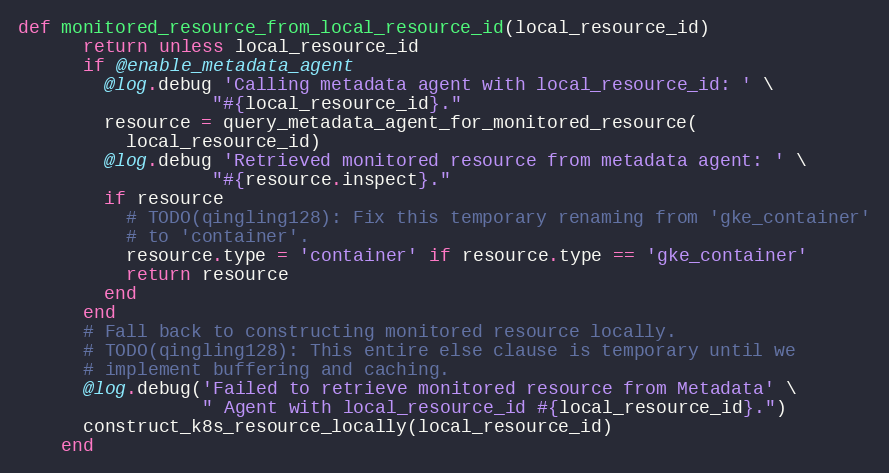
Language: Ruby
def monitored_resource_from_local_resource_id(local_resource_id)
      return unless local_resource_id
      if @enable_metadata_agent
        @log.debug 'Calling metadata agent with local_resource_id: ' \
                  "#{local_resource_id}."
        resource = query_metadata_agent_for_monitored_resource(
          local_resource_id)
        @log.debug 'Retrieved monitored resource from metadata agent: ' \
                  "#{resource.inspect}."
        if resource
          # TODO(qingling128): Fix this temporary renaming from 'gke_container'
          # to 'container'.
          resource.type = 'container' if resource.type == 'gke_container'
          return resource
        end
      end
      # Fall back to constructing monitored resource locally.
      # TODO(qingling128): This entire else clause is temporary until we
      # implement buffering and caching.
      @log.debug('Failed to retrieve monitored resource from Metadata' \
                 " Agent with local_resource_id #{local_resource_id}.")
      construct_k8s_resource_locally(local_resource_id)
    end